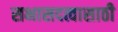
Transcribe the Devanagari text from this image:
सभासदत्वासाठी